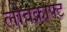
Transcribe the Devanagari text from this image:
लोवक्राफ्ट